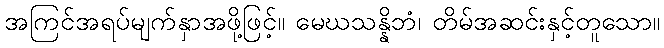
အကြင်အရပ်မျက်နှာအဖို့ဖြင့်။ မေဃသန္နိဘံ၊ တိမ်အဆင်းနှင့်တူသော။